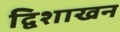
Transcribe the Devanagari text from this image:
द्विशाखन